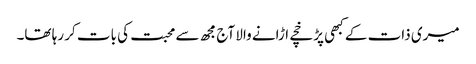
میری ذات کے کبھی پڑخچے اڑانے والا آج مجھ سے محبت کی بات کر رہا تھا۔